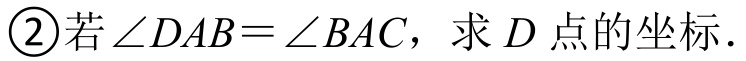
\textcircled{2}若$\angle DAB=\angle BAC$，求$D$点的坐标．